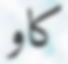
كاو